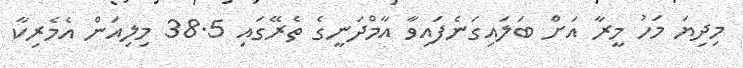
މިދިޔަ މަހު މީރާ އަށް ބަލައިގަނެފައިވާ އާމްދަނީގެ ތެރޭގައި 38.5 މިލިއަން އެމެރިކާ